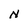
Character: N